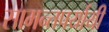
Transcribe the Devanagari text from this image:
सामन्तपर्यायी